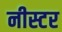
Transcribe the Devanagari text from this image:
नीस्टर